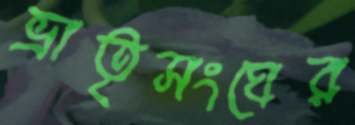
ভ্রাতৃসংঘের